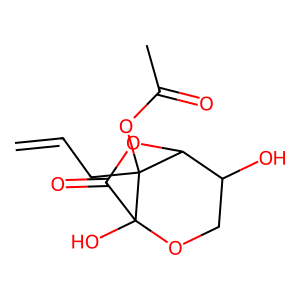
SMILES: C=CCC1(OC(C)=O)C2OC(=O)C1(O)OCC2O
Inhibits HIV replication: No